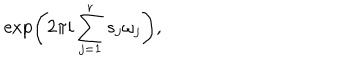
\exp \left( 2 \pi i \sum _ { j = 1 } ^ { r } s _ { j } \omega _ { j } \right) ,